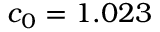
c _ { 0 } = 1 . 0 2 3